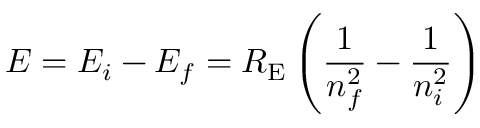
E = E _ { i } - E _ { f } = R _ { \mathrm { E } } \left( { \frac { 1 } { n _ { f } ^ { 2 } } } - { \frac { 1 } { n _ { i } ^ { 2 } } } \right)